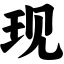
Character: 现